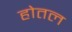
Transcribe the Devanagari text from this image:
होतल